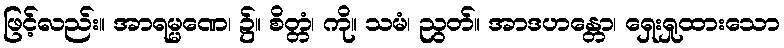
ဖြင့်လည်း။ အာရမ္မဏေ၊ ၌။ စိတ္တံ၊ ကို။ သမံ၊ ညွတ်။ အာဒဟန္တော၊ ရှေးရှုထားသော